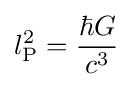
l_{\text{P}}^{2}={\frac {\hbar G}{c^{3}}}